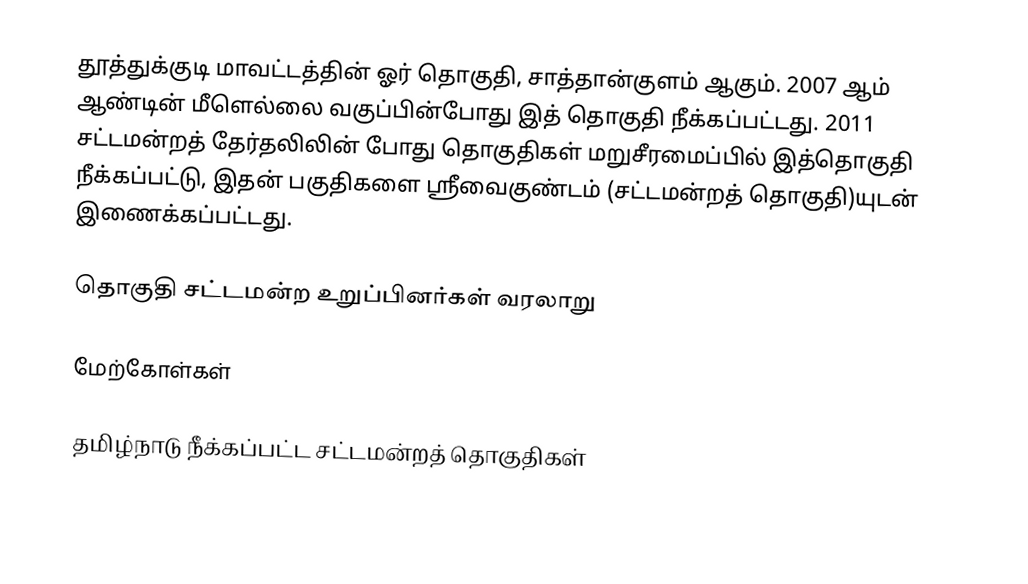
தூத்துக்குடி மாவட்டத்தின் ஓர் தொகுதி, சாத்தான்குளம் ஆகும். 2007 ஆம் ஆண்டின் மீளெல்லை வகுப்பின்போது இத் தொகுதி நீக்கப்பட்டது. 2011 சட்டமன்றத் தேர்தலிலின் போது தொகுதிகள் மறுசீரமைப்பில் இத்தொகுதி நீக்கப்பட்டு, இதன் பகுதிகளை ஸ்ரீவைகுண்டம் (சட்டமன்றத் தொகுதி)யுடன் இணைக்கப்பட்டது.

தொகுதி சட்டமன்ற உறுப்பினர்கள் வரலாறு

மேற்கோள்கள்

தமிழ்நாடு நீக்கப்பட்ட சட்டமன்றத் தொகுதிகள்